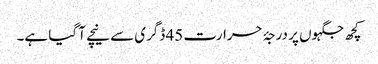
کچھ جگہوں پر درجۂ حرارت 45 ڈگری سے نیچے آ گیا ہے۔